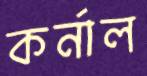
কর্নাল